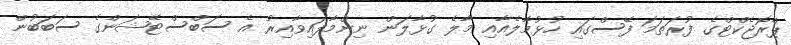
ޕްރޮޖެކްޓްގެ ފުރަތަމަ ފޭސްގައި ހުޅުމާލެއާއި މާލެ ގުޅާލަން ނިންމާފައިވާއިރު އެ ސަބްސްޓޭޝަންގެ ސަބަބުން